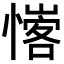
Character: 𢡦